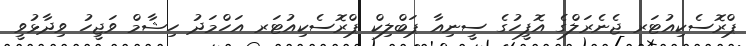
ޕްރޮސެކިއުޓަރ ޖެނެރަލްގެ އޮފީހުގެ ސީނިއާ ޕަބްލިކް ޕްރޮސެކިއުޓަރ އަހްމަދު ހިޝާމް ވަޖީހު ވިދާޅުވީ